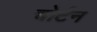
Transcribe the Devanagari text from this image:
चोर्टन